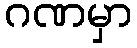
ဂဏမှာ